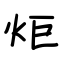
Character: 炬